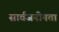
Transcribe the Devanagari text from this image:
सार्वजनीनता